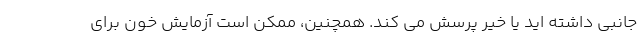
جانبی داشته اید یا خیر پرسش می کند. همچنین، ممکن است آزمایش خون برای